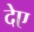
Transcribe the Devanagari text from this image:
देए